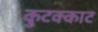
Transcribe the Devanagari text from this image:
कुटक्काट